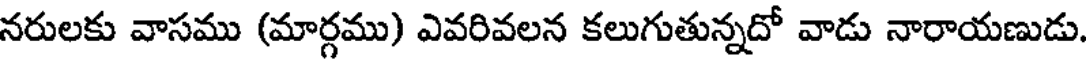
నరులకు వాసము (మార్గము) ఎవరివలన కలుగుతున్నదో వాడు నారాయణుడు.